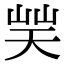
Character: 𡷪